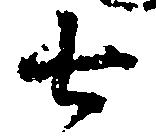
七